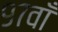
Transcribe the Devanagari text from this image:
९७वाँ